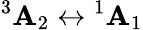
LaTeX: {}^{3}\mathbf{A}_{2}\leftrightarrow{}^{1}\mathbf{A}_{1}